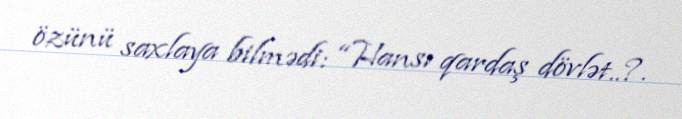
özünü saxlaya bilmədi: “Hansı qardaş dövlət..?.